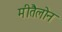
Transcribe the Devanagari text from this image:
मीतैलोन